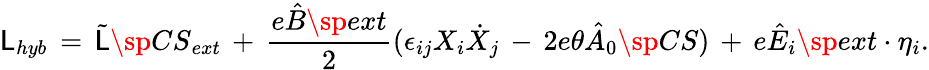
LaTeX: \mathsf{L}_{hyb}\, =\, \tilde{{\mathsf{L}}}\sp{CS}_{ext}\, +\, \frac{{e\hat{{B}}\sp{ext}}}{{2}}(\epsilon_{ij}X_{i}\dot{{X}}_{j}\, -\, 2e\theta\hat{{A}}_{0}\sp{CS})\, +\, e\hat{{E}}_{i}\sp{ext}\cdot\eta_{i}.